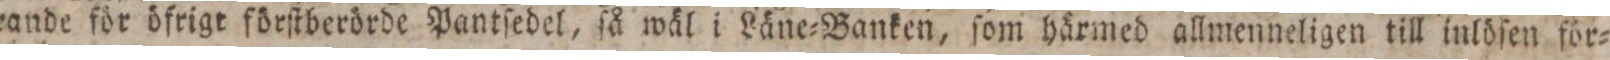
rande för öfrigt förſtberörde Pantſedel, ſå wäl i Läne=Banken, ſom härmed allmennelige till inlöſen för=